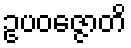
ဥပဝဇ္ဇောတိ